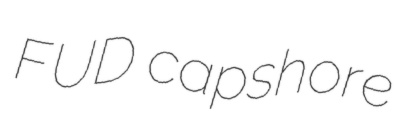
FUD capshore